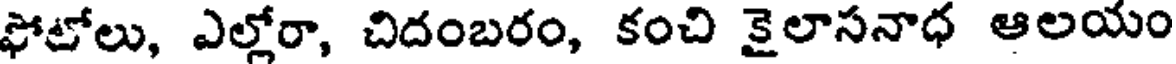
ఫోటోలు, ఎల్లోరా, చిదంబరం, కంచి కైలాసనాధ ఆలయం